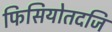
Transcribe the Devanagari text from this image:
फिसियोतदजि